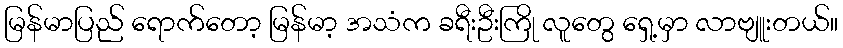
မြန်မာပြည် ရောက်တော့ မြန်မာ့ အသံက ခရီးဦးကြို လူတွေ ရှေ့မှာ လာဗျူးတယ်။